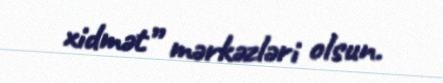
xidmət” mərkəzləri olsun.